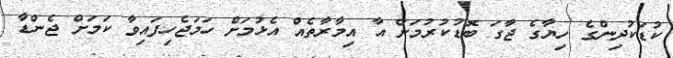
ކުޑަކުދިންގެ ހިޔާގެ ޖާގަ ބޮޑުކުރުމަށް އާ އިމާރާތެއް އެޅުމަށް ހަމަޖެހިފައިވާ ކަމަށް ޖެންޑާ